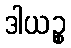
ဒါယဉ္စ